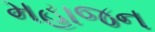
મહાજન